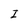
Character: I